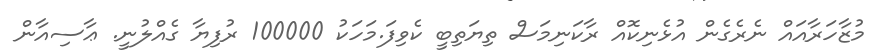
މުޒާހަރާއައް ނެރެގެން އުޅެނިކޮއް ރާކަނިމަސް ތިޔަތިބީ ކެވިފަ.މަހަކު 100000 ރުފިޔާ ގެއްލުނީ. ޢާސިއާން